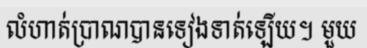
លំហាត់ប្រាណបានទៀងទាត់ឡើយ។ មួយ